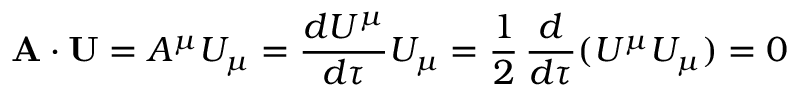
\mathbf { A } \cdot \mathbf { U } = A ^ { \mu } U _ { \mu } = { \frac { d U ^ { \mu } } { d \tau } } U _ { \mu } = { \frac { 1 } { 2 } } \, { \frac { d } { d \tau } } ( U ^ { \mu } U _ { \mu } ) = 0